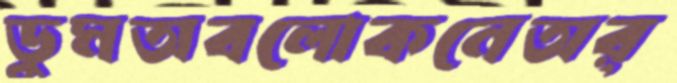
ডুমঅবলোকনেঅর্